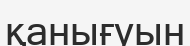
қанығуын